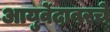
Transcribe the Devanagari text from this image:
आयुर्वेदावरचे